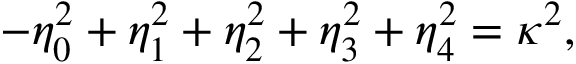
- \eta _ { 0 } ^ { 2 } + \eta _ { 1 } ^ { 2 } + \eta _ { 2 } ^ { 2 } + \eta _ { 3 } ^ { 2 } + \eta _ { 4 } ^ { 2 } = \kappa ^ { 2 } ,